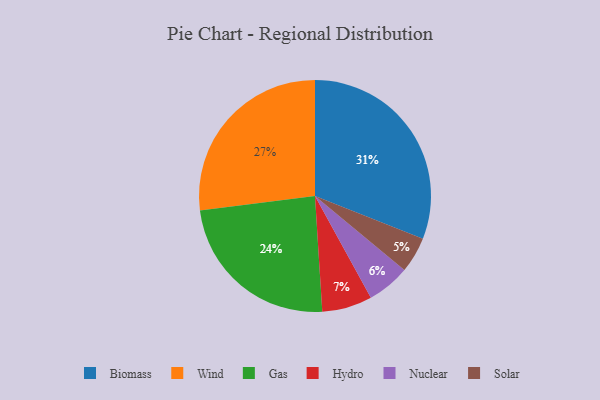
{"axis": {"x": "Category", "y": "Percentage"}, "legend": ["Biomass", "Gas", "Hydro", "Nuclear", "Solar", "Wind"], "data": [{"x": "Hydro", "y": 7, "type": "Hydro"}, {"x": "Solar", "y": 5, "type": "Solar"}, {"x": "Wind", "y": 27, "type": "Wind"}, {"x": "Gas", "y": 24, "type": "Gas"}, {"x": "Nuclear", "y": 6, "type": "Nuclear"}, {"x": "Biomass", "y": 31, "type": "Biomass"}]}